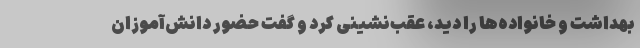
بهداشت و خانواده‌ها را دید، عقب‌نشینی کرد و گفت حضور دانش‌آموزان